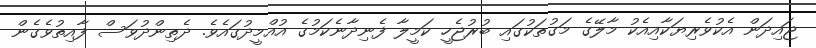
ޖައިދަން އެކުވެރިޔަކާއިއެކު މާލޭގެ މަގުތަކުގައި ބުރުޖެހީ ކަމީލާ ފެނިދާނެކަމުގެ އުއްމީދުގައެވެ. ދެތިންދުވަސް ފާއިތުވެގެން